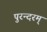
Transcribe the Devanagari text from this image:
पुरन्दरम्